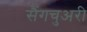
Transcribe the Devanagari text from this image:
सैंगचुअरी